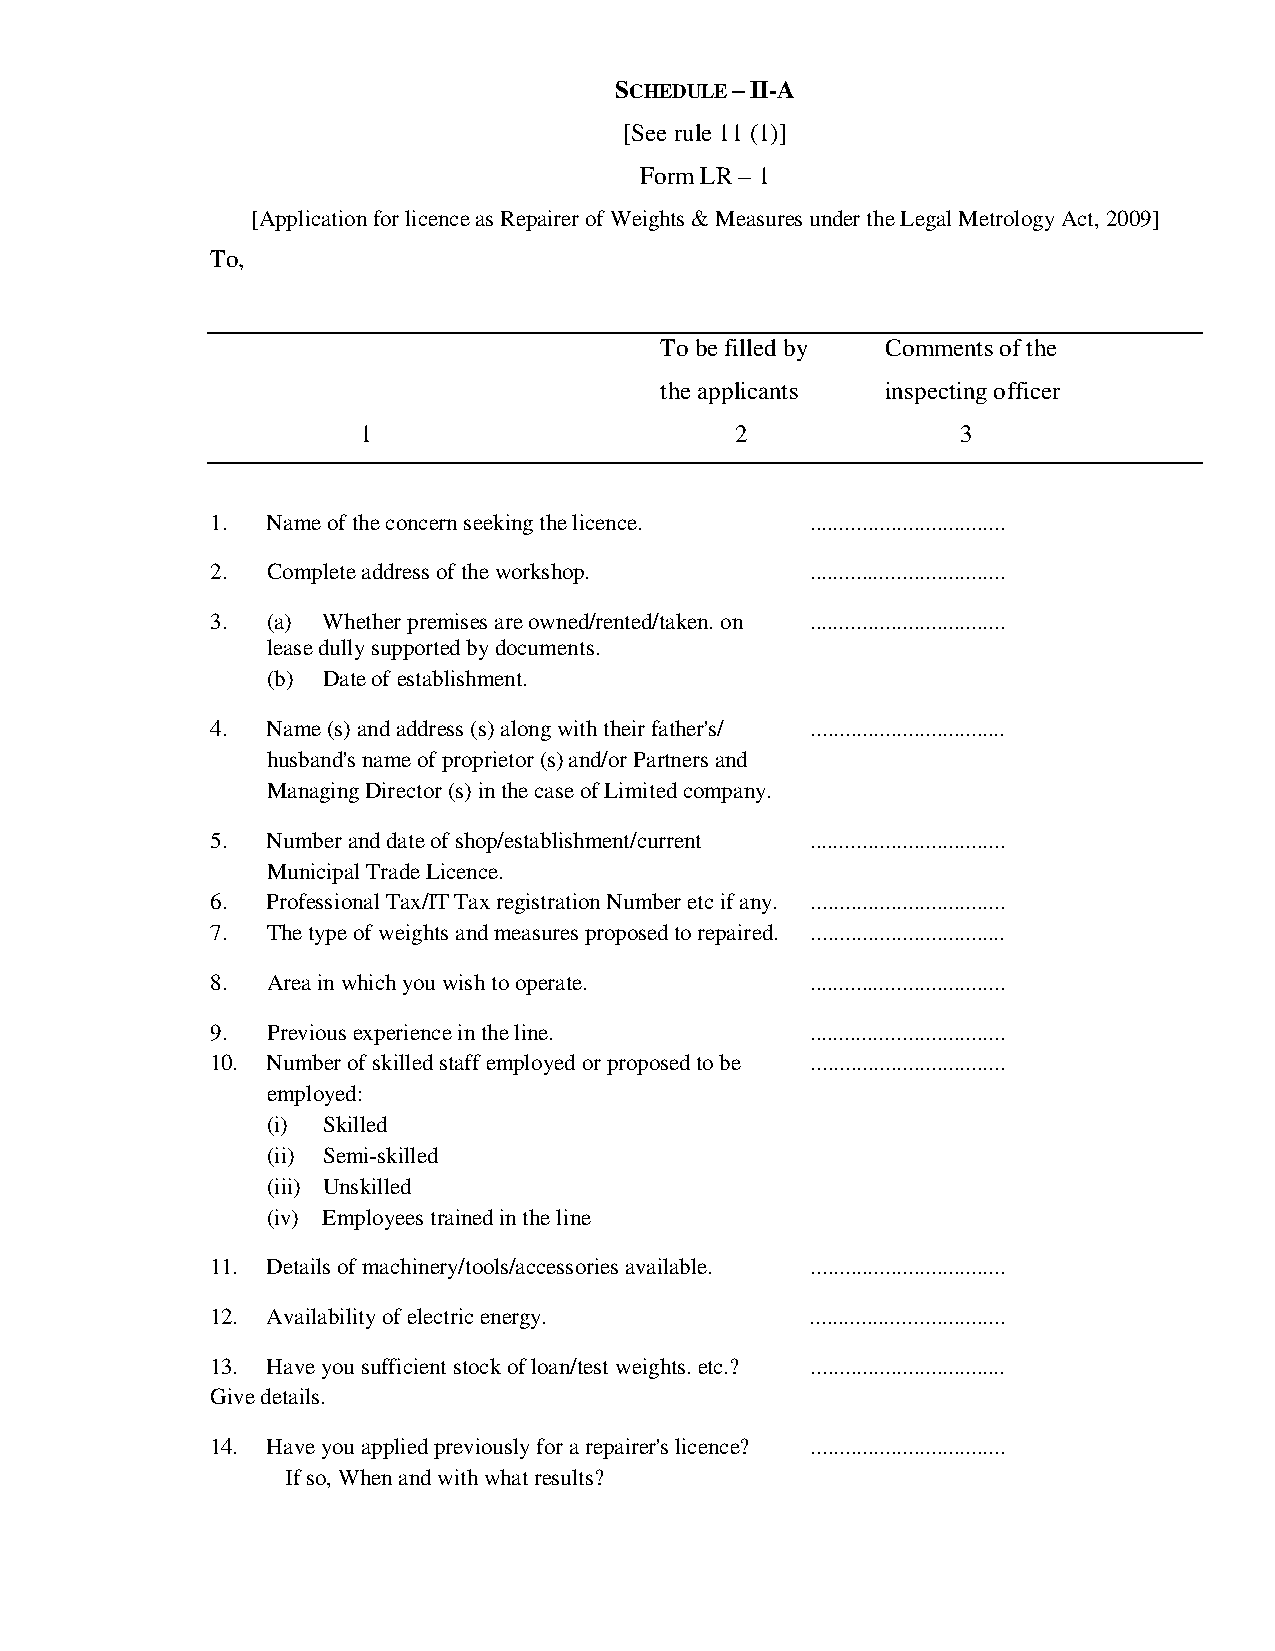
SCHEDULE – II-A
 [See rule 11 (1)]
 Form LR – 1
 [Application for licence as Repairer of Weights & Measures under the Legal Metrology Act, 2009]
 To,
 To be filled by Comments of the
 the applicants inspecting officer
 1                        2              3
 1.  Name of the concern seeking the licence. ..................................
 2.  Complete address of the workshop.   ..................................
 3.  (a) Whether premises are owned/rented/taken. on ..................................
 lease dully supported by documents.
 (b) Date of establishment.
 4.  Name (s) and address (s) along with their father's/ ..................................
 husband's name of proprietor (s) and/or Partners and
 Managing Director (s) in the case of Limited company.
 5.  Number and date of shop/establishment/current ..................................
 Municipal Trade Licence.
 6.  Professional Tax/IT Tax registration Number etc if any. ..................................
 7.  The type of weights and measures proposed to repaired. ..................................
 8.  Area in which you wish to operate.  ..................................
 9.  Previous experience in the line.    ..................................
 10. Number of skilled staff employed or proposed to be ..................................
 employed:
 (i) Skilled
 (ii) Semi-skilled
 (iii) Unskilled
 (iv) Employees trained in the line
 11. Details of machinery/tools/accessories available. ..................................
 12. Availability of electric energy.    ..................................
 13. Have you sufficient stock of loan/test weights. etc.? ..................................
 Give details.
 14. Have you applied previously for a repairer's licence? ..................................
 If so, When and with what results?